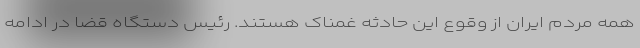
همه مردم ایران از وقوع این حادثه غمناک هستند. رئیس دستگاه قضا در ادامه